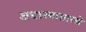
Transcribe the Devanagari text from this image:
अधाश्यासारखे